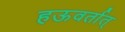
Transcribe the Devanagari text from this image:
हऊवर्तात्